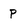
Character: p